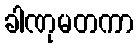
ခါဏုမတကာ